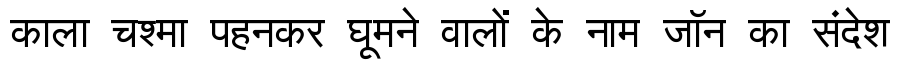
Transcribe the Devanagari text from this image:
काला चश्मा पहनकर घूमने वालों के नाम जॉन का संदेश